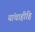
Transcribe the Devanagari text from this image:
यांचाहीहि